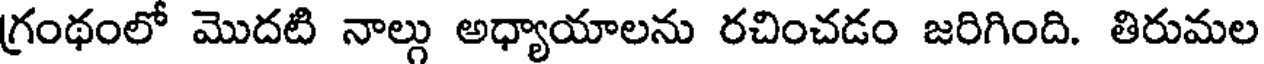
గ్రంథంలో మొదటి నాల్గు అధ్యాయాలను రచించడం జరిగింది. తిరుమల